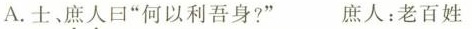
A.士、庶人曰”何以利吾身?” 庶人：老百姓